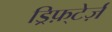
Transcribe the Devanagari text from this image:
ड्रिफ़्टेर्ज़